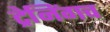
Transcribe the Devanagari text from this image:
ट्रेनिंगच